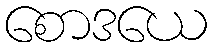
စောဒယေ